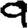
Digit: 9